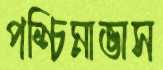
পশ্চিমাভাস